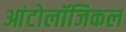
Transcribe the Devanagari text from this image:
आंटोलॉजिकल